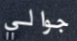
جوالي